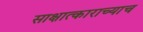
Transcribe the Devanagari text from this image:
साक्षात्काराच्याच